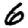
Digit: 6